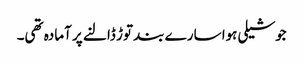
جوشیلی ہوا سارے بند توڑ ڈالنے پر آمادہ تھی۔